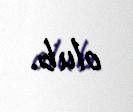
olub.